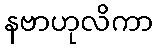
နဗာဟုလိကာ